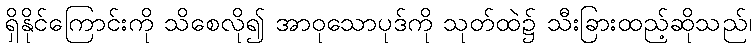
ရှိနိုင်ကြောင်းကို သိစေလို၍ အာဝုသောပုဒ်ကို သုတ်ထဲ၌ သီးခြားထည့်ဆိုသည်၊